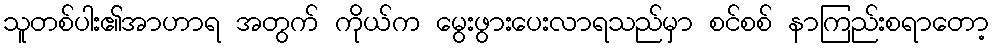
သူတစ်ပါး၏အာဟာရ အတွက် ကိုယ်က မွေးဖွားပေးလာရသည်မှာ စင်စစ် နာကြည်းစရာတော့